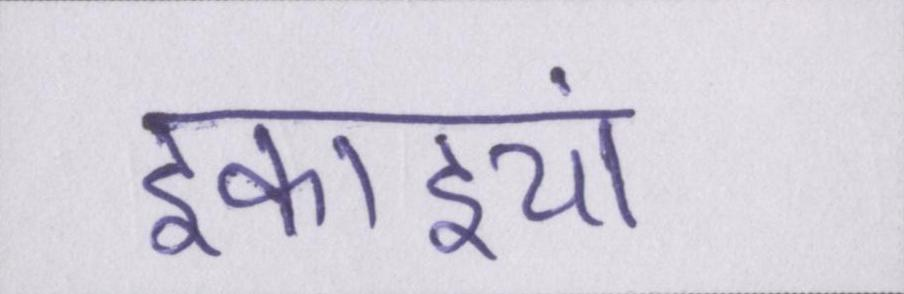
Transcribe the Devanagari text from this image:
इकाइयां